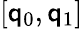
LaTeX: [\mathsf{q}_{0},\mathsf{q}_{1}]